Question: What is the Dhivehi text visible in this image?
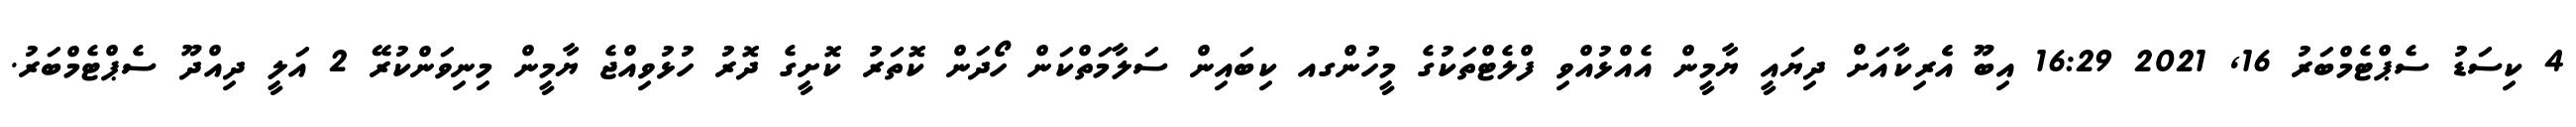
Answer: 4 ކިސަޑު ސެޕްޓެމްބަރު 16, 2021 16:29 އިބޫ އެެރިކާއަށް ދިޔައީ ޔާމީން އެއްޅުއްވި ފްލެޓްތަކުގެ މީހުންގއ ކިބައިން ސަލާމަތްކަން ހޯދަން ކޮތަރު ކޮށީގެ ދޮރު ހުޅުވިއްޖެ ޔާމީން މިނިވަންކުރޭ 2 އަލީ ދިއްދޫ ސެޕްޓެމްބަރު.